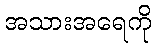
အသားအရေကို